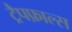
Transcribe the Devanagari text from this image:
ट्रैपफ़ाल्स